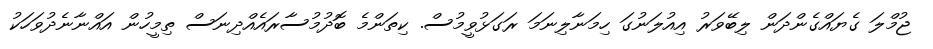
ޖުމްލަ ގެޔައްގެންދަން ލިބޭވަރު އިއުލަނުގަ ހިމަނާލިނަމަ ރަގަޅުވީމުސް. ކިތަންމެ ބޮދުމުސާރައެއްދިނަސް ތިމީހުން އައްނާނެދުވަހަކު